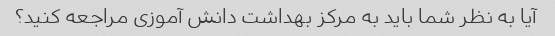
آیا به نظر شما باید به مرکز بهداشت دانش آموزی مراجعه کنید؟